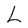
Character: L